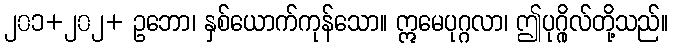
၂၀၁+၂၀၂+ ဥဘော၊ နှစ်ယောက်ကုန်သော။ ဣမေပုဂ္ဂလာ၊ ဤပုဂ္ဂိုလ်တို့သည်။